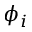
\phi _ { i }